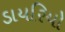
ડાયરિયો